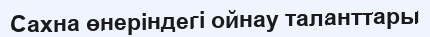
Сахна өнеріндегі ойнау таланттары